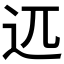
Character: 𰺰